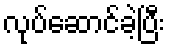
လုပ်ဆောင်ခဲ့ပြီး